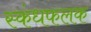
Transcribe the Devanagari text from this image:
स्कंधफलक